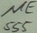
Text: NE555